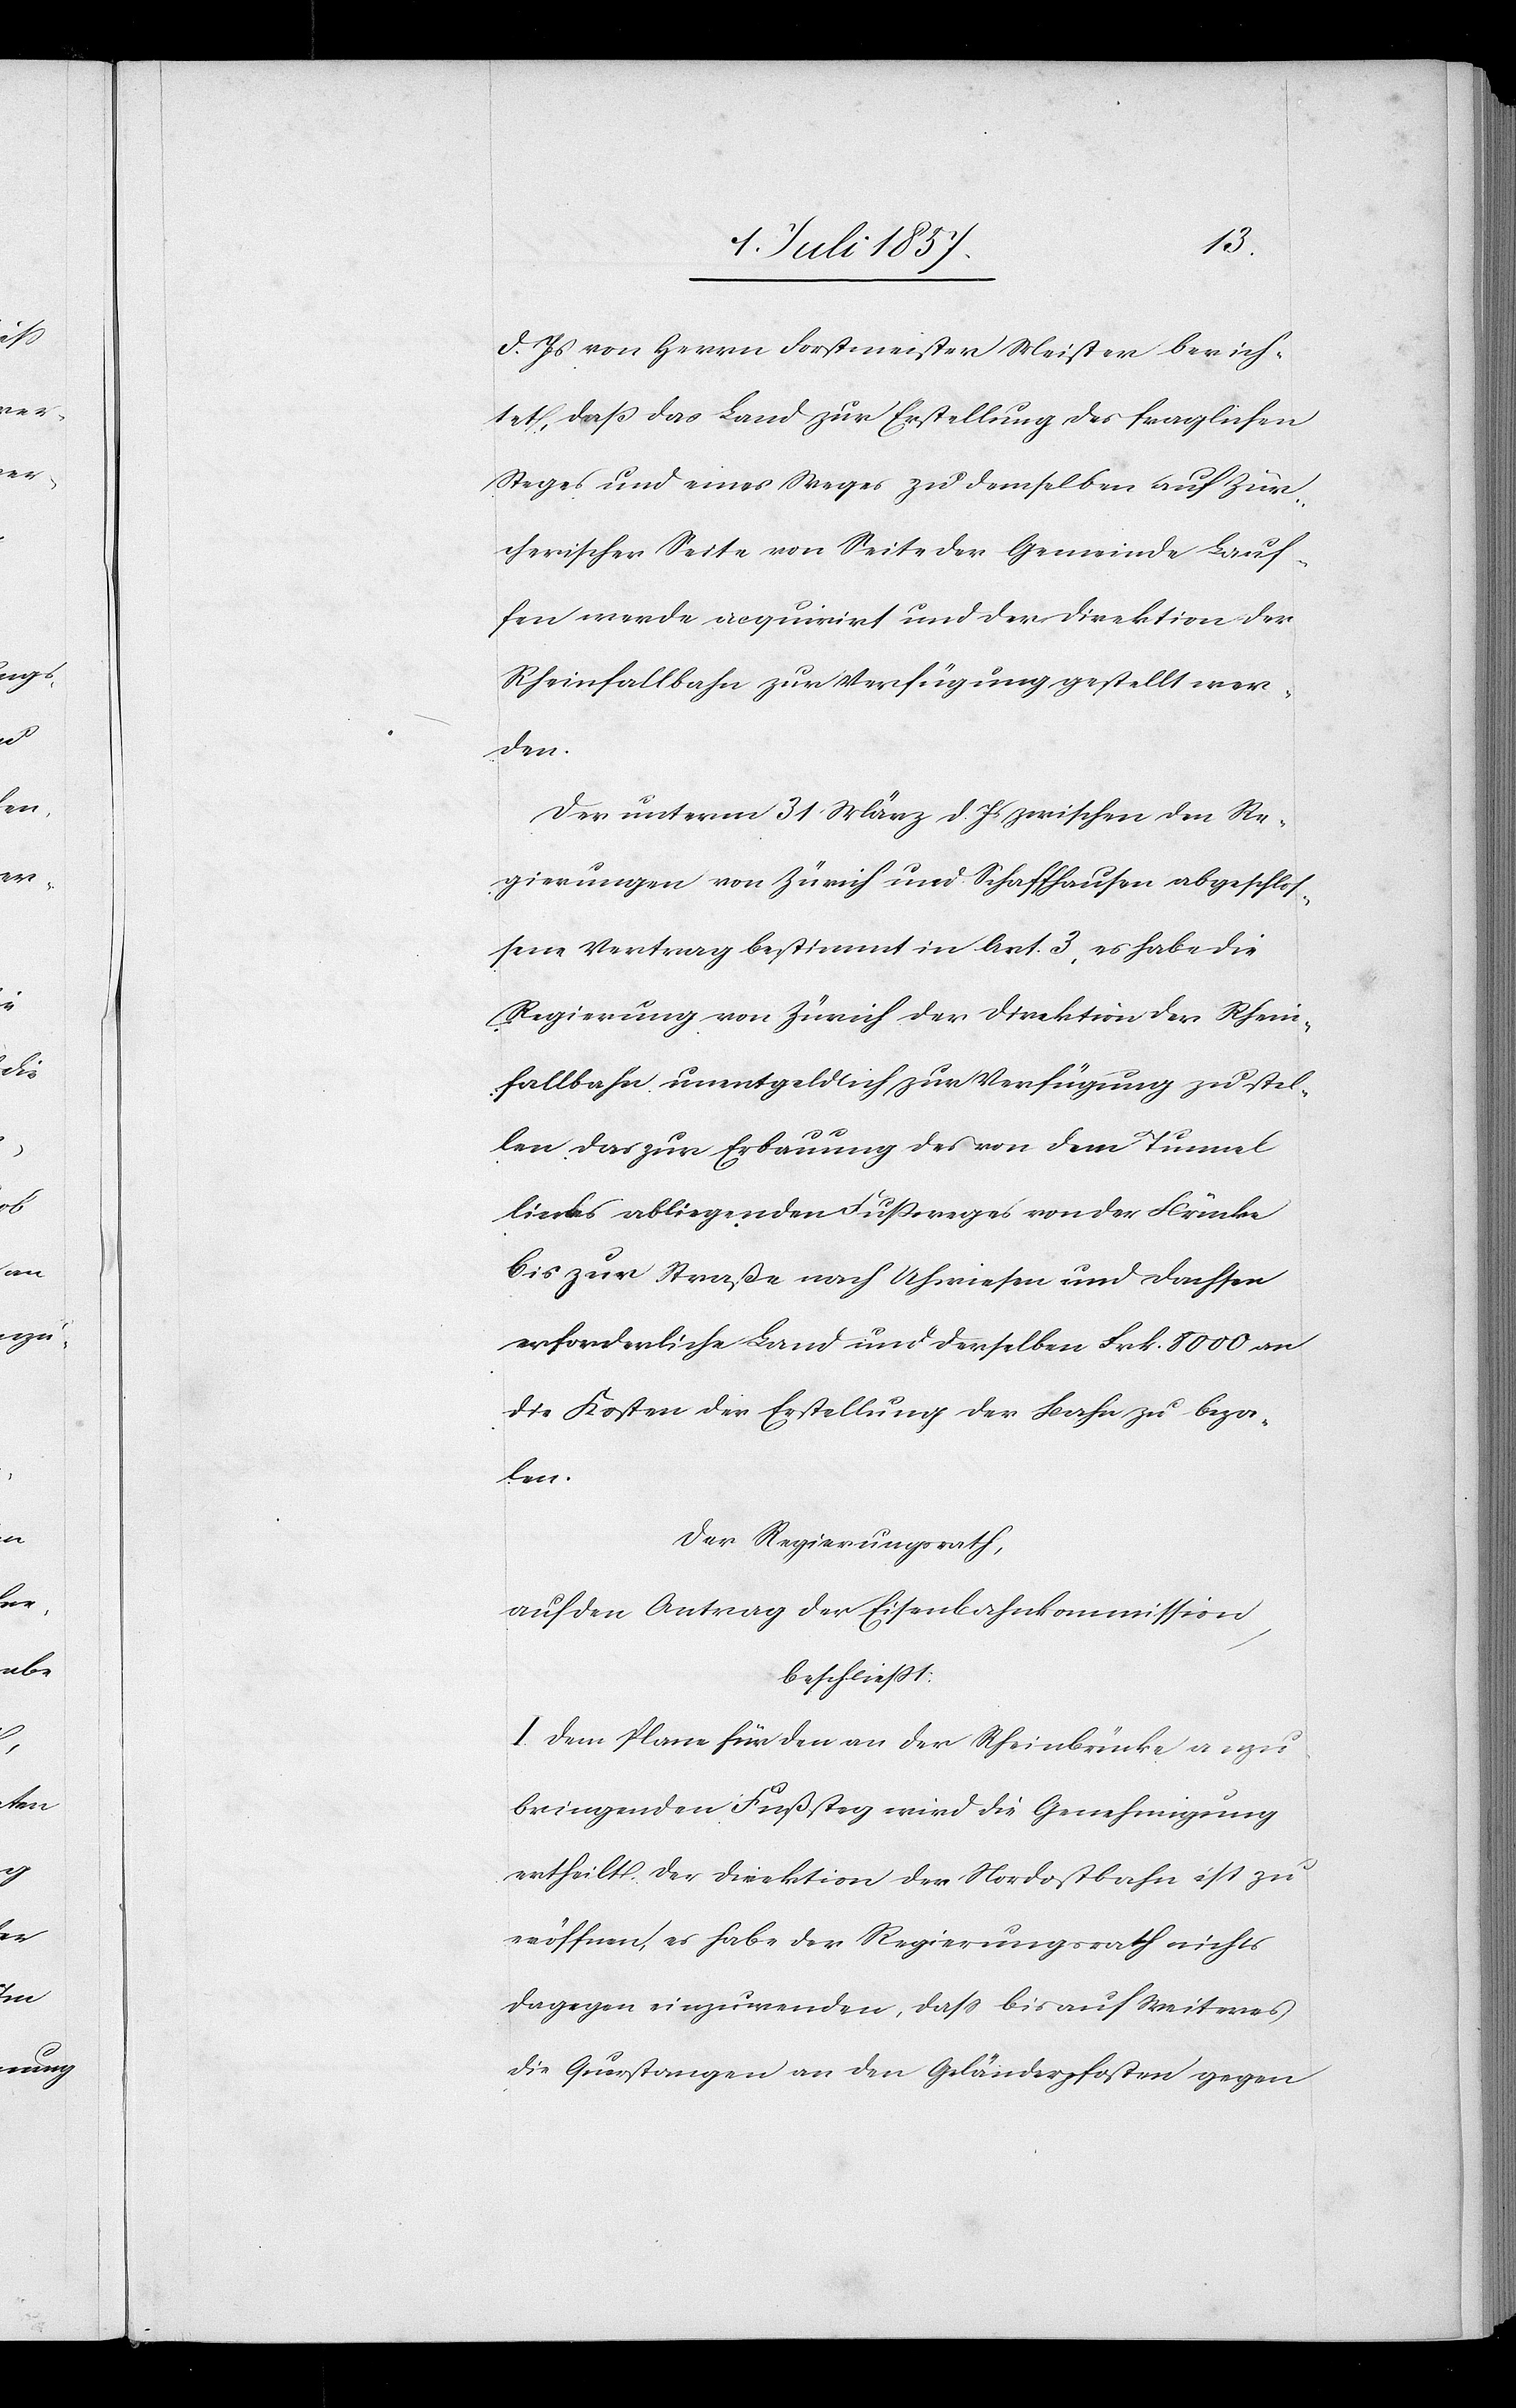
d. Js. von Herrn Forstmeister Meister berich¬
tet, daß das Land zur Erstellung des fraglichen
Steges und eines Weges zu demselben auf Zür¬
cherischer Seite von Seite der Gemeinde Lauf¬
fen werde acquirirt und der Direktion der
Rheinfallbahn zur Verfügung gestellt wer¬
den.
Der unterm 31 März d. Js. zwischen den Re¬
gierungen von Zürich und Schaffhausen abgeschlos¬
sene Vertrag bestimmt in Art. 3, es habe die
Regierung von Zürich der Direktion der Rhein¬
fallbahn unentgeldlich zur Verfügung zu stel¬
len das zur Erbauung des von dem Tunnel
links abbiegenden Fußweges von der Brücke
bis zur Straße nach Uhwiesen und Dachsen
erforderliche Land und derselben Frk. 8 000 an
die Kosten der Erstellung der Bahn zu beza¬
len.
Der Regierungsrath,
auf den Antrag der Eisenbahnkommission,
beschließt:
I. Dem Plane für den an der Rheinbrücke anzu¬
bringenden Fußweg wird die Genehmigung
ertheilt. Der Direktion der Nordostbahn ist zu
eröffnen, es habe der Regierungsrath nichts
dagegen einzuwenden, daß bis auf Weiteres
die Querstangen an den Gebäuderpfosten [sic!] gegen